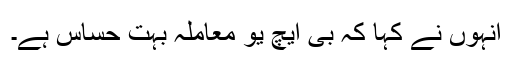
انہوں نے کہا کہ بی ایچ یو معاملہ بہت حساس ہے۔